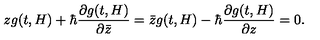
z g ( t , H ) + \hbar \frac { \partial g ( t , H ) } { \partial { \bar { z } } } = { \bar { z } } g ( t , H ) - \hbar \frac { \partial g ( t , H ) } { \partial z } = 0 .